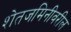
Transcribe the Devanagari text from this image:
शेतजमिनीवरील